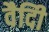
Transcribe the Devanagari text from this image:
वैदीि